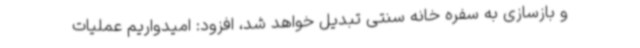
و بازسازی به سفره خانه سنتی تبدیل خواهد شد، افزود: امیدواریم عملیات